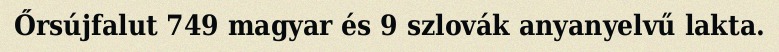
Őrsújfalut 749 magyar és 9 szlovák anyanyelvű lakta.